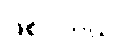
ဖြစ်ပါတယ်။